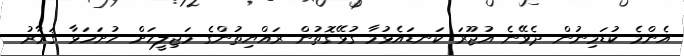
އެންމެ ކުޑަމިނުން ދެވޭނެ އުޖޫރަ ކަނޑައެޅުމާ ގުޅޭގޮތުން ރައްޔިތުންގެ މަޖިލީހަށް ހުށަހަޅާ ޤަރާރު